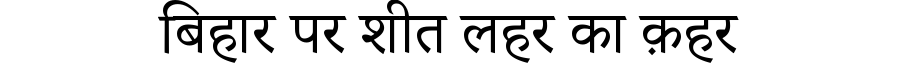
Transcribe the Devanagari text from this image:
बिहार पर शीत लहर का क़हर